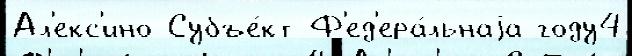
Ал'екс'ино Субъе́кт Ф'ед'ера́льнаjа году4